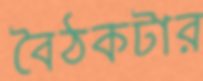
বৈঠকটার